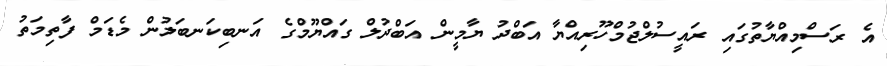
އެ ރަސްމިއްޔާތުގައި ރައީސުލްޖުމްހޫރިއްޔާ އަބްދު ޔާމީން އަބްދުލް ގައްޔޫމްގެ އަނބިކަނބަލުން މެޑަމް ފާތިމަތު